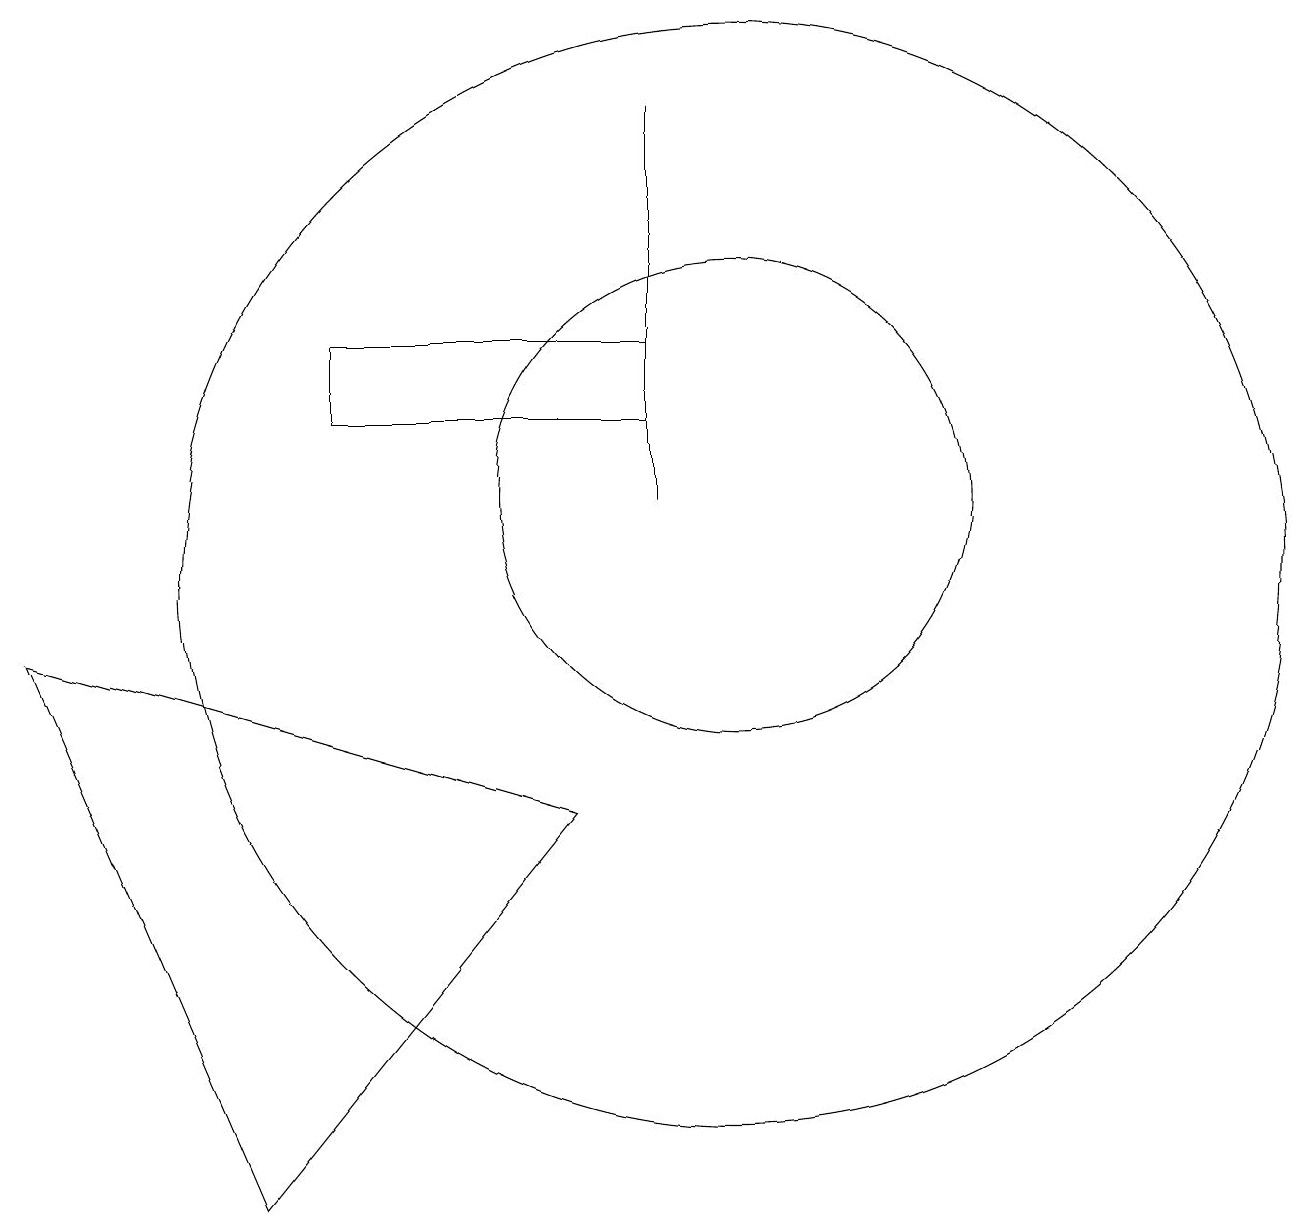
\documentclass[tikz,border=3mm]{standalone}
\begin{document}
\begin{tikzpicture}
\draw (9,13) rectangle (5,12);
\draw (10,10) circle (7);
\draw (10,11) circle (3);
\draw (9,16) rectangle (9,11);
\draw (8,7) -- (4,2) -- (1,9) -- cycle;
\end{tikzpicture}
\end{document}